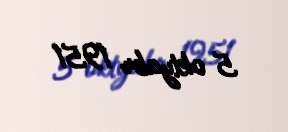
5 oktyabr 1951